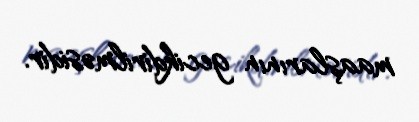
maaşlarının gecikdirilməsidir.